Eesti_Rahvusfond, lk 59
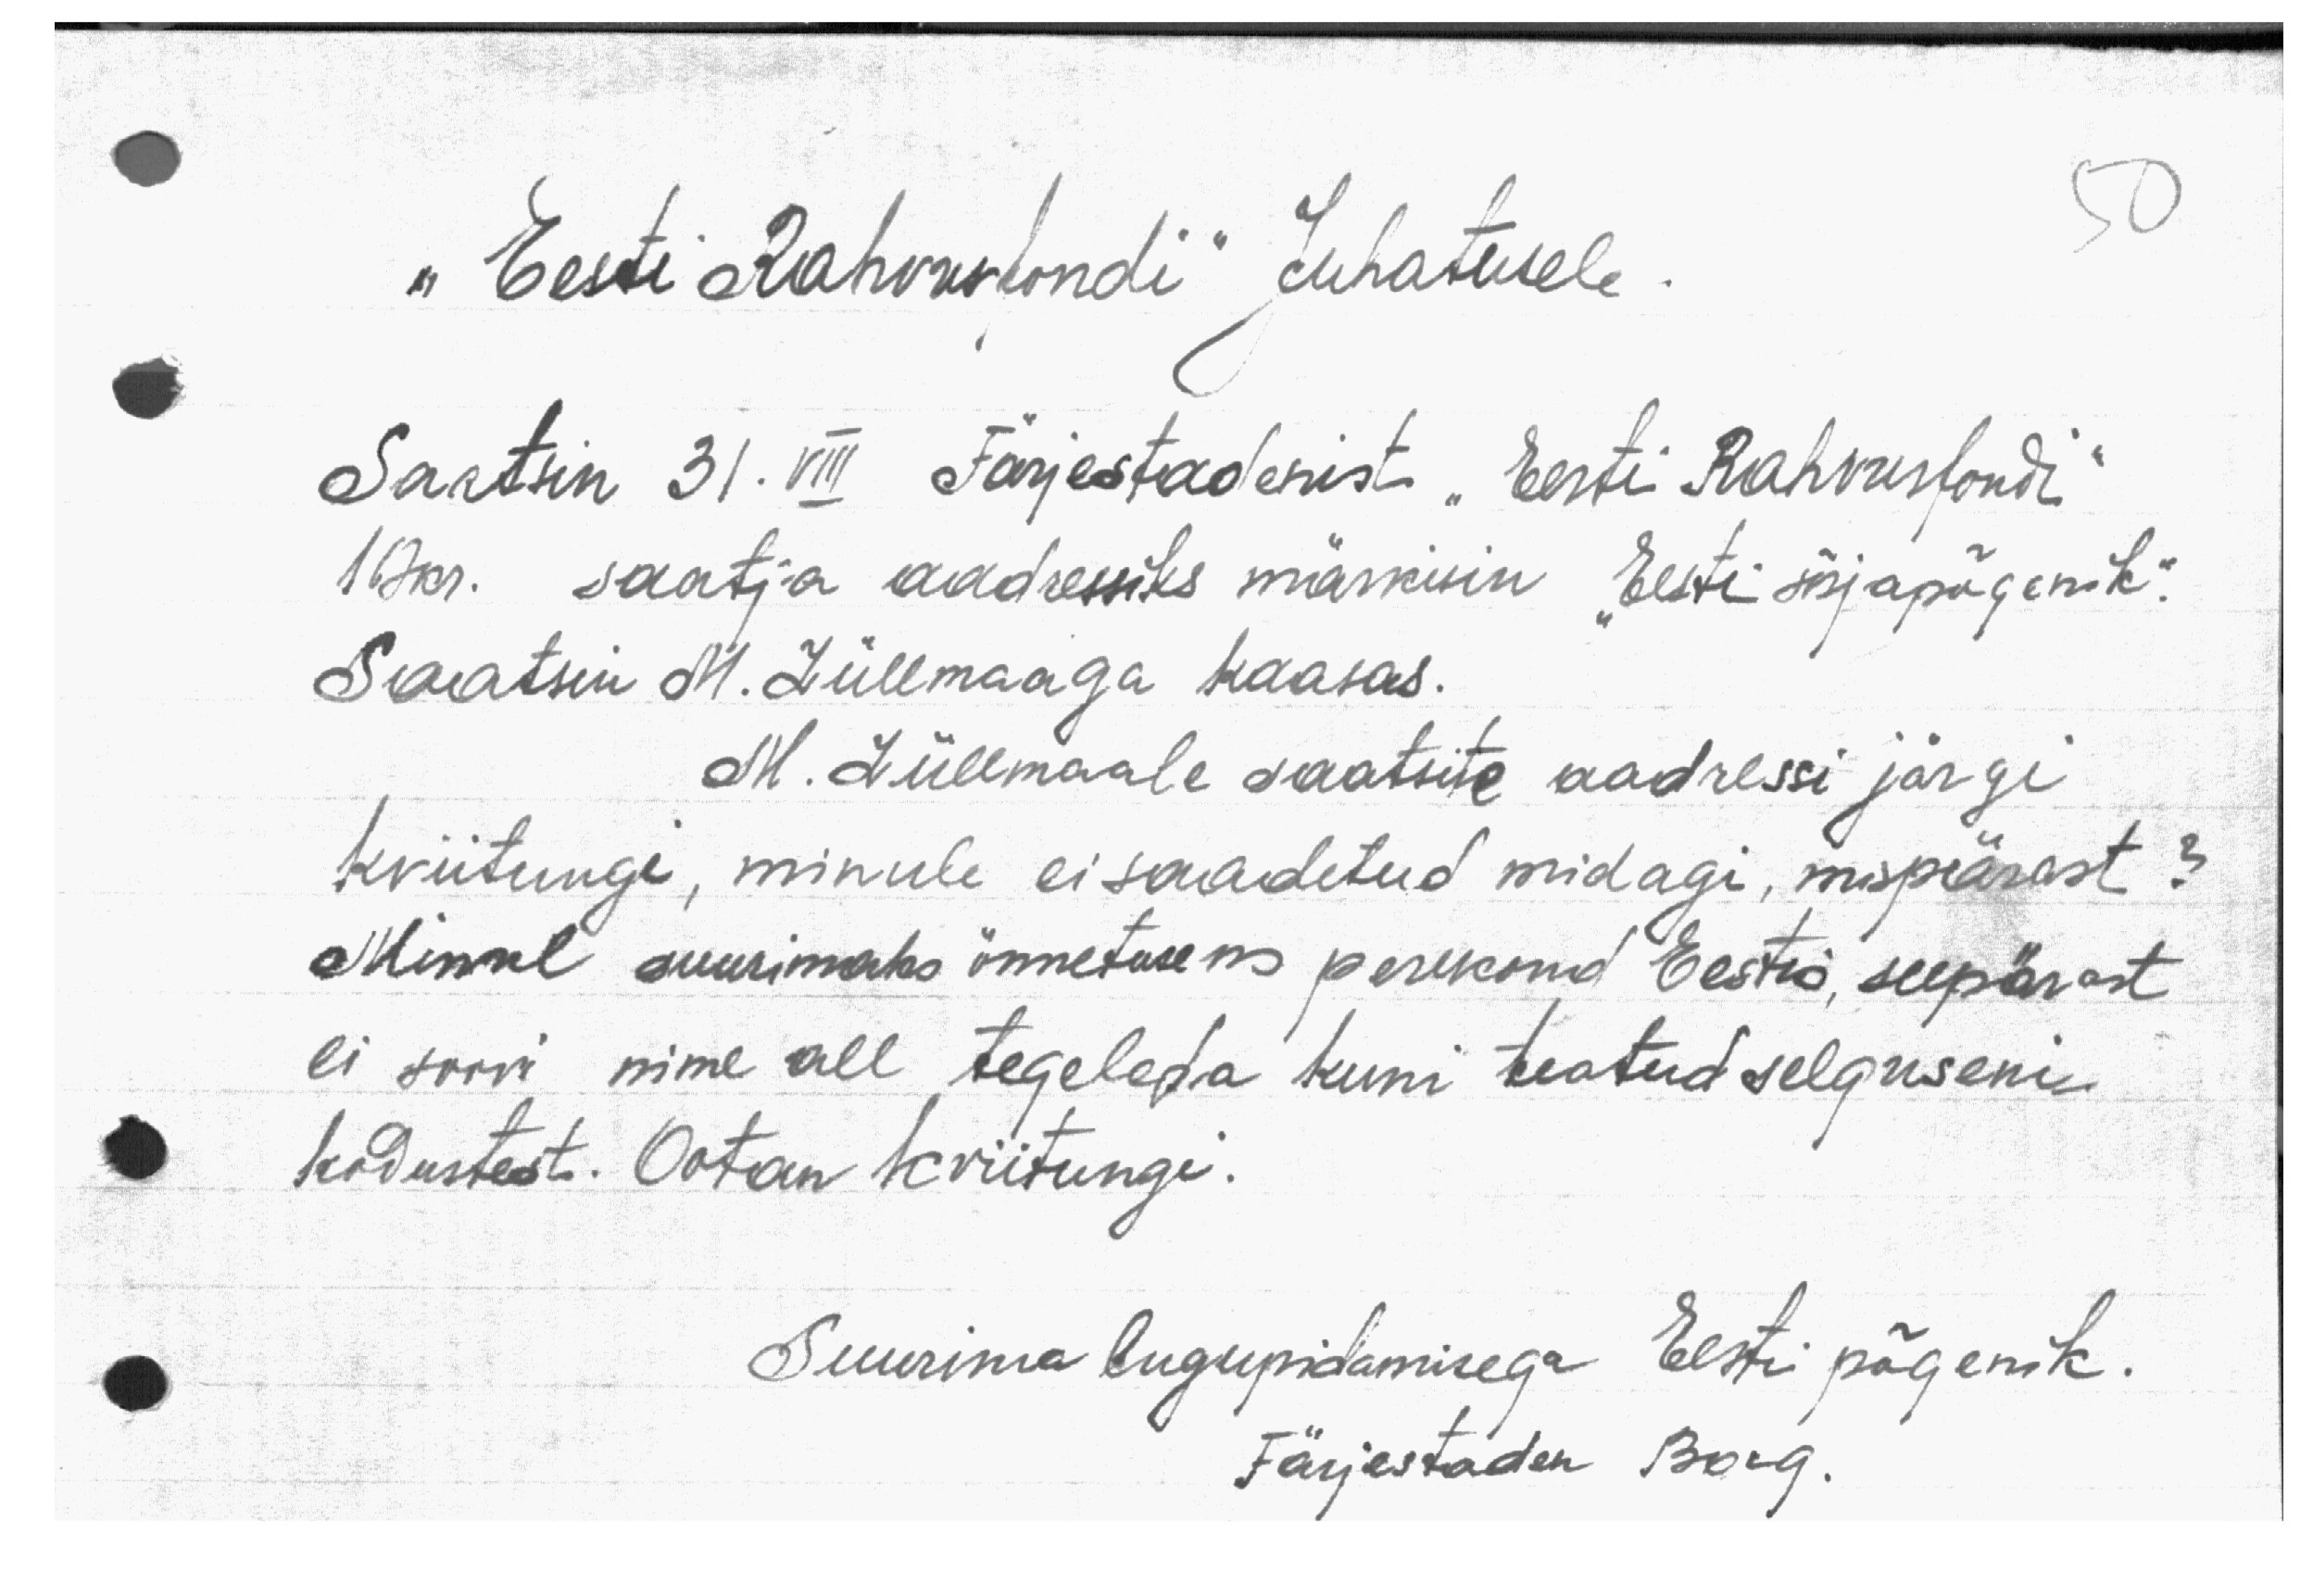
"Eesti Rahvusfondi" Juhatusele
Saatsin 31. VIII Färjestadenist "Eesti Rahvusfondi"
167kr. saatja aadressiks märkisin "Eesti sõjapõgenik".
Saatsin M. Lüllmaaga kaasas.
M. Lüllmaale saatsite aadressi järgi
kviitungi, minule ei saadetud midagi, mispärast?
Minul suurimaks õnnetuseks perekond Eestis, seepärast
ei soovi nime all tegeleda kuni teatud selguseni
kodustest. Ootan kviitungi.
Suurima lugupidamisega Eesti põgenik.
Färjestaden Borg.